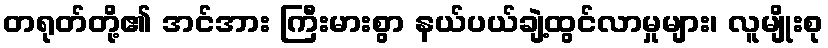
တရုတ်တို့၏ အင်အား ကြီးမားစွာ နယ်ပယ်ချဲ့ထွင်လာမှုများ၊ လူမျိုးစု